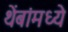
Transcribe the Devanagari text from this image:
थेंबांमध्ये